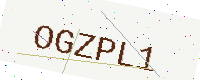
Text: OGZPL1